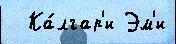
  Ка́лгар'и Эм'и